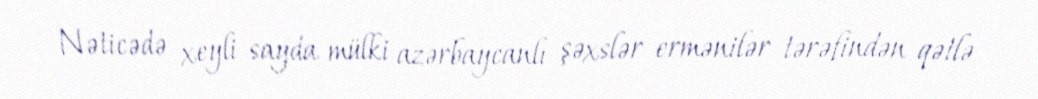
Nəticədə xeyli sayda mülki azərbaycanlı şəxslər ermənilər tərəfindən qətlə